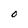
Character: O